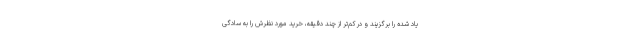
یاد شده را برگزیند و در کم‌تر از چند دقیقه، خرید مورد نظرش را به سادگی